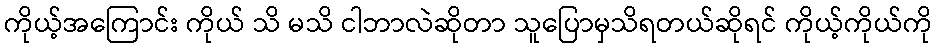
ကိုယ့်အကြောင်း ကိုယ် သိ မသိ ငါဘာလဲဆိုတာ သူပြောမှသိရတယ်ဆိုရင် ကိုယ့်ကိုယ်ကို